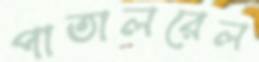
পাতালরেল